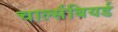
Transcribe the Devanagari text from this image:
चार्ल्सबियर्ड